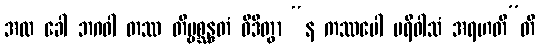
အထ ခေါ ဘဂဝါ တဿ တိဗ္ဗစ္ဆန္ဒတံ ဝိဒိတွာ “န ကဿပေါ ပရိဝါသံ အရဟတီ”တိ